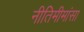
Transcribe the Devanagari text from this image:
नीतिमीमांसा